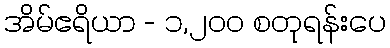
အိမ်ဧရိယာ - ၁,၂၀၀ စတုရန်းပေ